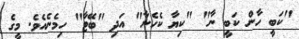
"ކަބީ ހާން ކަބީ ނާ" "ކިޔާ ކެހެނާ" އަދި "ބޭޓާ" ހިމެނެއެވެ. މީގެ